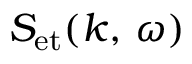
S _ { \mathrm { e t } } ( k , \, \omega )